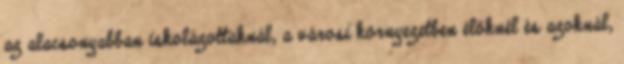
az alacsonyabban iskolázottaknál, a városi környezetben élőknél és azoknál,